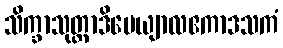
သိက္ခာသုတ္တာဒိပေယျာလဧကာဒသကံ